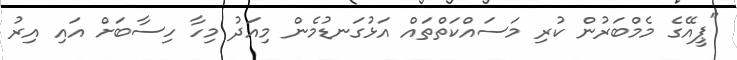
"ޕީއޭގެ މެމްބަރުން ކުރި މަސައްކަތްތައް އަޅުގަނޑުމެން މިއަދު މިހާ ހިސާބަށް އައި އިރު